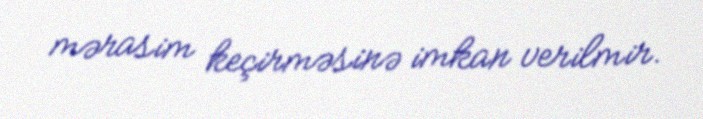
mərasim keçirməsinə imkan verilmir.